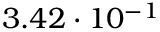
3 . 4 2 \cdot 1 0 ^ { - 1 }